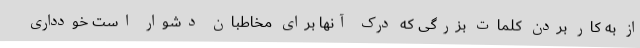
از به کار بردن کلمات بزرگی که درک آنها برای مخاطبان دشوار است خودداری